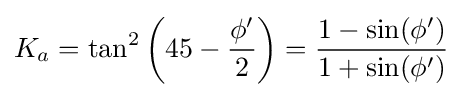
K_{a}=\tan ^{2}\left(45-{\frac {\phi '}{2}}\right)={\frac {1-\sin(\phi ')}{1+\sin(\phi ')}}